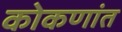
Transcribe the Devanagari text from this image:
कोकणांत